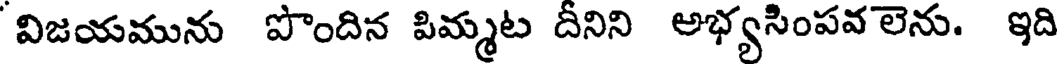
విజయమును పొందిన పిమ్మట దీనిని అభ్యసింపవ లెను. ఇది